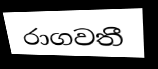
රාගවතී